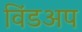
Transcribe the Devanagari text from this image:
विंडअप